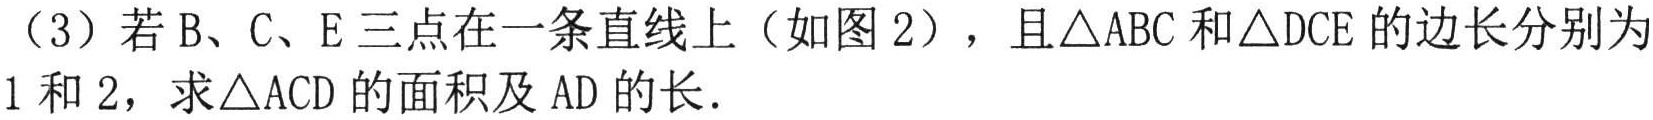
（3）若B、C、E三点在一条直线上（如图2），且$\triangle ABC$和$\triangle DCE$的边长分别为1和2，求$\triangle ACD$的面积及AD的长．